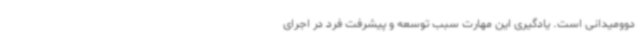
دوومیدانی است. یادگیری این مهارت سبب توسعه و پیشرفت فرد در اجرای